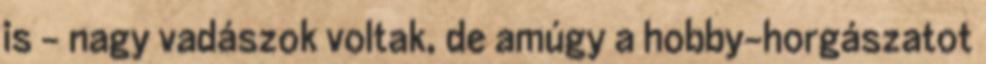
is - nagy vadászok voltak, de amúgy a hobby-horgászatot